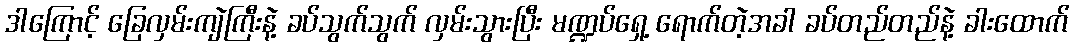
ဒါကြောင့် ခြေလှမ်းကျဲကြီးနဲ့ ခပ်သွက်သွက် လှမ်းသွားပြီး မဏ္ဍပ်ရှေ့ ရောက်တဲ့အခါ ခပ်တည်တည်နဲ့ ခါးထောက်